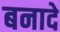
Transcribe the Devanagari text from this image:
बनादे